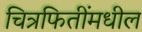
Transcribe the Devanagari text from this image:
चित्रफितींमधील